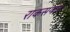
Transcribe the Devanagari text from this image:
राकसगाव